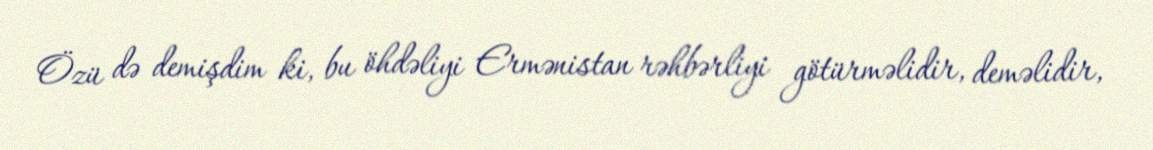
Özü də demişdim ki, bu öhdəliyi Ermənistan rəhbərliyi götürməlidir, deməlidir,